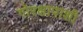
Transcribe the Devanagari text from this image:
गोरक्षापाशी